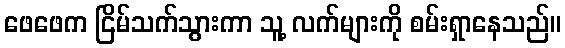
ဖေဖေက ငြိမ်သက်သွားကာ သူ့ လက်များကို စမ်းရှာနေသည်။